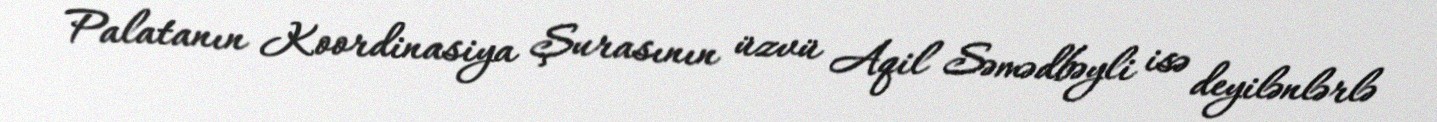
Palatanın Koordinasiya Şurasının üzvü Aqil Səmədbəyli isə deyilənlərlə